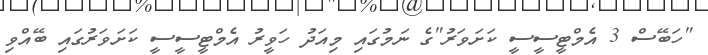
"ހަބޭސް 3 އެމްޓީސީސީ ކަށަވަރު"ގެ ނަމުގައި މިއަދު ހަވީރު އެމްޓީސީސީ ކަށަވަރުގައި ބޭއްވި